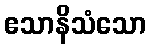
ဧသာနိသံသော